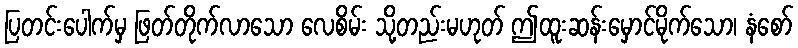
ပြတင်းပေါက်မှ ဖြတ်တိုက်လာသော လေစိမ်း သို့တည်းမဟုတ် ဤထူးဆန်းမှောင်မိုက်သော၊ နံစော်